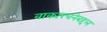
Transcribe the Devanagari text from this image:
वाक्यरचनेबद्दल